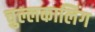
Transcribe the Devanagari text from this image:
चुल्लकालिंग